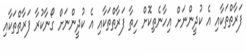
ފަރާތްތަކާއި އެ ކުދީންނަށް އިހާނެތިކޮށް ހިތާ ފަރާތްތަކާއި އެ ކުދީންނަށް ގޯނާކުރާ ފަރާތްތަކާއި